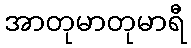
အာတုမာတုမာရီ